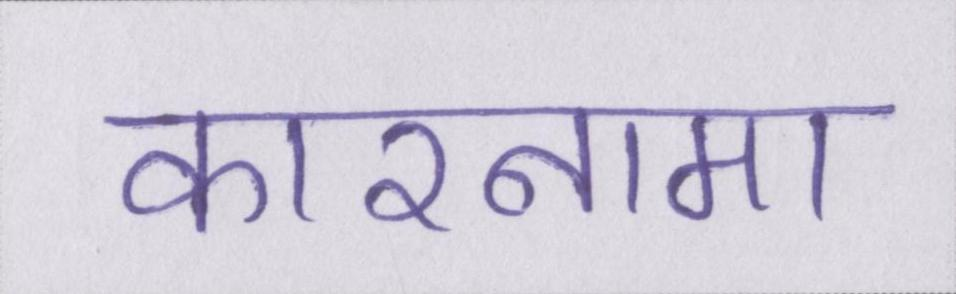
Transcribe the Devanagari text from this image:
कारनामा